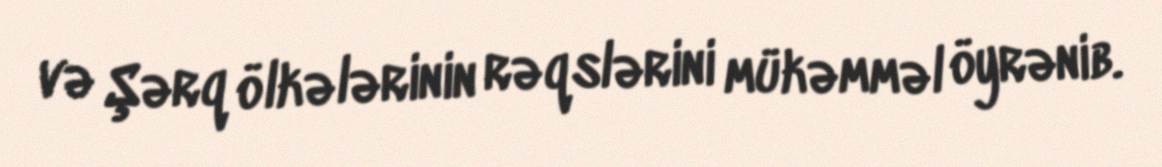
və Şərq ölkələrinin rəqslərini mükəmməl öyrənib.